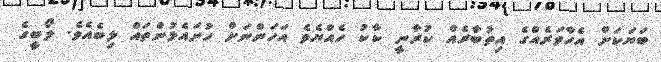
ބަޔަކަށް އެހާވަރެއްގެ އިތުބާރެއް ކުރާނީ ކާކު ހެއްޔެވެ އަހަންނަށް ހުށައެޅުންތައް ލިބެއެވެ. ލޯބީގެ